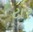
ટાર